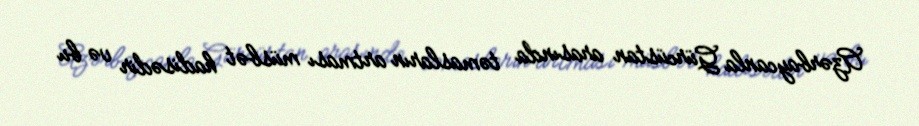
Azərbaycanla Gürcüstan arasında təmasların artması müsbət hadisədir və bu